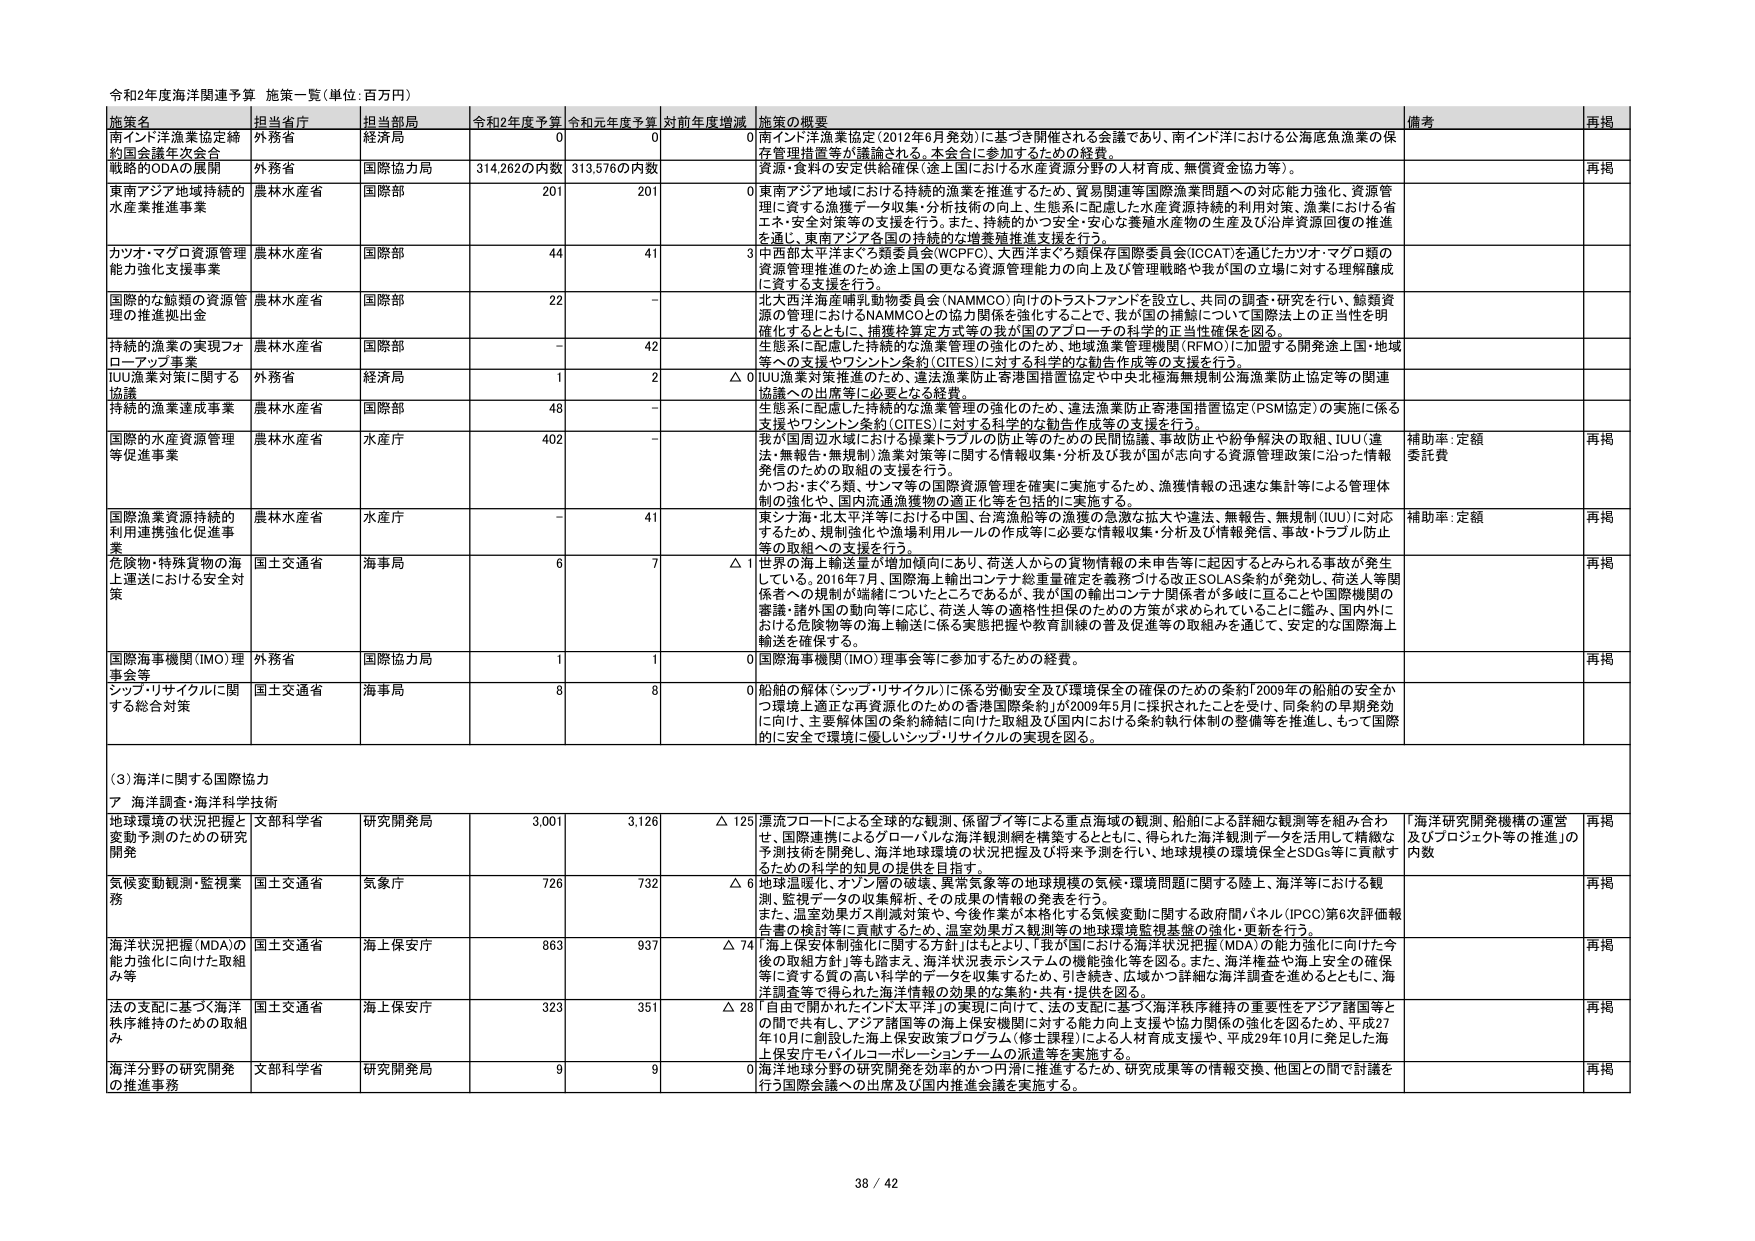
令和2年度海洋関連予算 施策一覧（単位：百万円）

施策名 担当省庁 担当部局 令和2年度予算 令和元年度予算 対前年度増減 施策の概要 備考 再掲

南インド洋漁業協定締約国会議年次会合 外務省 経済局 0 0 0 南インド洋漁業協定（2012年6月発効）に基づき開催される会議であり、南インド洋における公海底魚漁業の保存管理措置等が議論される。本会合に参加するための経費。

戦略的ODAの展開 外務省 国際協力局 314,262の内数 313,576の内数 0 資源・食料の安定供給確保（途上国における水産資源分野の人材育成、無償資金協力等）。

東南アジア地域持続的水産業推進事業 農林水産省 国際部 201 201 0 東南アジア地域における持続的漁業を推進するため、貿易関連等国際漁業問題への対応能力強化、資源管理に資する漁獲データ収集・分析技術の向上、生態系に配慮した水産資源持続的利用対策、漁業における省エネ・安全対策等の支援を行う。また、持続的かつ安全・安心な養殖水産物の生産及び沿岸資源回復の推進を通じ、東南アジア各国の持続的な水産業推進支援を行う。

カツオ・マグロ資源管理能力強化支援事業 農林水産省 国際部 44 41 3 中西部太平洋まぐろ類委員会（WCPFC）、大西洋まぐろ類保存国際委員会（ICCAT）を通じたカツオ・マグロ類の資源管理推進のため途上国の更なる資源管理能力の向上及び管理戦略や我が国の立場に対する理解醸成に資する支援を行う。

国際的な鯨類の資源管理の推進拠出金 農林水産省 国際部 22 - - 北大西洋海産哺乳動物委員会（NAMMCO）向けのトラストファンドを設立し、共同の調査・研究を行い、鯨類資源の管理におけるNAMMCOとの協力関係を強化するとして、我が国の措置について国際法上の正当性を明確化するとともに、捕獲枠算定方式等の我が国のアプローチの科学的正当性確保を図る。

持続的漁業の実現フォローアップ事業 農林水産省 国際部 - 42 - 生態系に配慮した持続的な漁業管理の強化のため、地域漁業管理機関（RFMO）に加盟する開発途上国・地域等への支援やワシントン条約（CITES）に対する科学的な勧告作成等の支援を行う。

IUU漁業対策に関する協議 外務省 経済局 1 2 △1 IUU漁業対策推進のため、違法漁業防止香港国措置協定や中央北極海無規制公海漁業防止協定等の関連協議への出席等に必要となる経費。

持続的漁業達成事業 農林水産省 国際部 48 - - 生態系に配慮した持続的な漁業管理の強化のため、違法漁業防止香港国措置協定（PSM協定）の実施に係る支援やワシントン条約（CITES）に対する科学的な勧告作成等の支援を行う。

国際的水産資源管理等促進事業 農林水産省 水産庁 402 - - 我が国周辺水域における操業トラブルの防止等のための民間協議、事故防止や紛争解決の取組、IUU（違法・無報告・無規制）漁業対策等に関する情報収集・分析及び我が国が志向する資源管理政策に沿った情報発信のための取組の支援を行う。 かつお・まぐろ類、サンマ等の国際資源管理を確実に実施するため、漁獲情報の迅速な集計等による管理体制の強化や、国内流通漁獲物の適正化等を包括的に実施する。 補助率：定額 委託費 再掲

国際漁業資源持続的利用進捗強化促進事業 農林水産省 水産庁 - 41 - 東シナ海・北太平洋等における中国、台湾漁船等の漁獲の急激な拡大や違法、無報告、無規制（IUU）に対応するため、規制強化や漁場利用ルールの作成等に必要な情報収集・分析及び情報発信、事故・トラブル防止等の取組への支援を行う。 補助率：定額 再掲

危険物・特殊貨物の海上運送における安全対策 国土交通省 海事局 6 7 △1 世界の海上輸送量が増加傾向にあり、荷送人からの貨物情報の未申告等に起因するとみられる事故が発生している。2016年7月、国際海上輸出コンテナ総重量確定を義務づける改正SOLAS条約が発効し、荷送人等関係者への規制が強化につながっている。我が国の輸出コンテナ関係者が多岐に亘ることや国際機関の審議・諸外国の動向等に応じ、荷送人等の適格性担保のための方策が求められていることに鑑み、国内外における危険物等の海上輸送に係る実態把握や教育訓練の普及促進等の取組みを通じて、安全的な国際海上輸送を確保する。 再掲

国際海事機関（IMO）理事会等 外務省 国際協力局 1 1 0 国際海事機関（IMO）理事会等に参加するための経費。 再掲

シップ・リサイクルに関する総合対策 国土交通省 海事局 8 8 0 船舶の解体（シップ・リサイクル）に係る労働安全及び環境保全の確保のための条約「2009年の船舶の安全かつ環境上適正な再資源化のための香港国際条約」が2009年5月に採択されたことを受け、同条約の早期発効に向け、主要解体国の条約締結に向けた取組及び国内における条約執行体制の整備等を推進し、もって国際的に安全で環境に優しいシップ・リサイクルの実現を図る。

（3）海洋に関する国際協力

ア 海洋調査・海洋科学技術

地球環境の状況把握と変動予測のための研究開発 文部科学省 研究開発局 3,001 3,126 △125 漂流フロートによる全球的な観測、保留ブイ等による重点海域の観測、船舶による詳細な観測等を組み合わせ、国際連携によるグローバルな海洋観測網を構築するとともに、得られた海洋観測データを活用して精緻な予測技術を開発し、海洋地球環境の状況把握及び将来予測を行い、地球規模の環境保全とSDGs等に貢献するための科学的知見の提供を目指す。 「海洋研究開発機構の運営及びプロジェクト等の推進」の内数 再掲

気候変動観測・監視業務 国土交通省 気象庁 726 732 △6 地球温暖化、オゾン層の破壊、異常気象等の地球規模の気候・環境問題に関する陸上、海洋等における観測、監視データの収集解析、その成果の情報の発表を行う。 また、温室効果ガス削減対策や、今後作業が本格化する気候変動に関する政府間パネル（IPCC）第6次評価報告書の検討等に貢献するため、温室効果ガス観測等の地球環境監視基盤の強化・更新を行う。 再掲

海洋状況把握（MDA）の能力強化に向けた取組み等 国土交通省 海上保安庁 863 937 △74 「海上保安体制強化に関する方針」はもとより、「我が国における海洋状況把握（MDA）の能力強化に向けた今後の取組方針」等も踏まえ、海洋状況表示システムの機能強化等を図る。また、海洋権益や海上安全の確保等に資する質の高い科学的データを収集するため、引き続き、広域かつ詳細な海洋調査を進めるとともに、海洋調査等で得られた海洋情報の効果的な集約・共有・提供を図る。 再掲

法の支配に基づく海洋秩序維持のための取組み 国土交通省 海上保安庁 323 351 △28 「自由で開かれたインド太平洋」の実現に向けて、法の支配に基づく海洋秩序維持の重要性をアジア諸国等との間で共有し、アジア諸国等の海上保安機関に対する能力向上支援や協力関係の強化を図るため、平成27年10月に創設した海上保安政策プログラム（修士課程）による人材育成支援や、平成29年10月に発足した海上保安庁モバイルコーポレーションチームの派遣等を実施する。 再掲

海洋分野の研究開発の推進事業 文部科学省 研究開発局 9 9 0 海洋地球分野の研究開発を効率的かつ円滑に推進するため、研究成果等の情報交換、他国との間で討論を行う国際会議への出席及び国内推進会議を実施する。 再掲

38 / 42